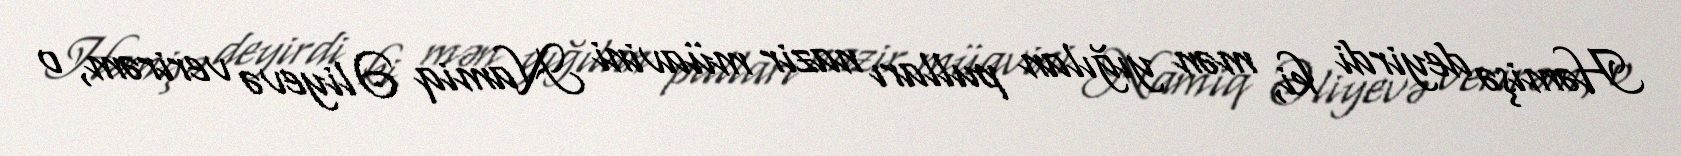
Həmişə deyirdi ki, mən yığılan pulları nazir müavini Namiq Əliyevə verirəm, o